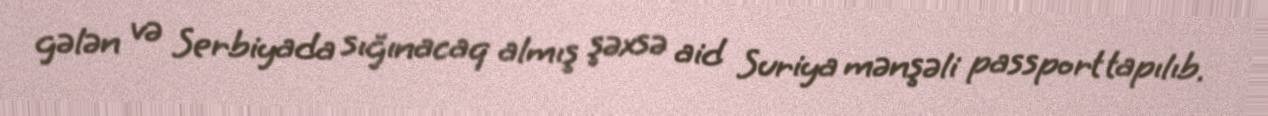
gələn və Serbiyada sığınacaq almış şəxsə aid Suriya mənşəli passport tapılıb.